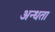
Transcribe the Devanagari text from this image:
अन्‍धता